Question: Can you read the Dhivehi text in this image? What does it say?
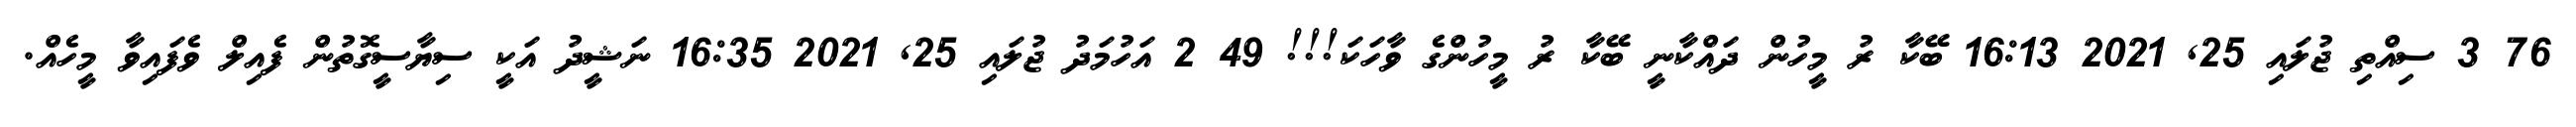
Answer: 76 3 ސިއްތި ޖުލައި 25, 2021 16:13 ބޭކާ ރު މީހުން ދައްކާނީ ބޭކާ ރު މީހުންގެ ވާހަކަ!!! 49 2 އަހުމަދު ޖުލައި 25, 2021 16:35 ނަޝީދު އަކީ ސިޔާސީގޮތުން ފެއިލް ވެފައިވާ މީހެއް.